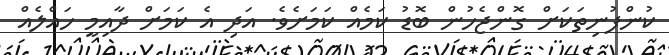
ކުންފުނިތަކަށް ގޮންޖެހުން ބޮޑު ކަމެއް ކަމަށެވެ. އަދި އެ ކަމަށް ދާއިމީ ހައްލެއް